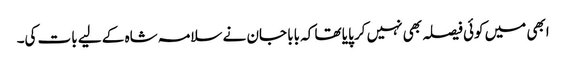
ابھی میں کوئی فیصلہ بھی نہیں کر پایا تھا کہ بابا جان نے سلامہ شاہ کے لیے بات کی۔